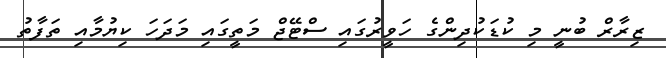
ޒިރާރް ބުނީ މި ކުޑަކުދިންގެ ހަވީރުގައި ސްޓޭޖް މަތީގައި މަދަހަ ކިޔުމާއި ތަފާތު